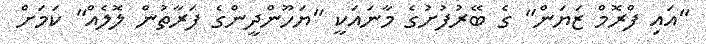
"އައި ފްރޮމް ޒަޔަން" ގެ ބޭރުފުށުގެ މާނައަކީ "ޔަހޫންދީންގެ ފަރާތުން ލޮލެއް" ކަމަށް